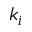
k _ { i }